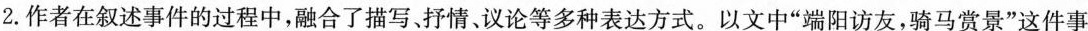
2.作者在叙述事件的过程中,融合了描写、抒情、议论等多种表达方式。以文中“端阳访友,骑马赏景”这件事